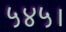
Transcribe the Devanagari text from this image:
५४५।